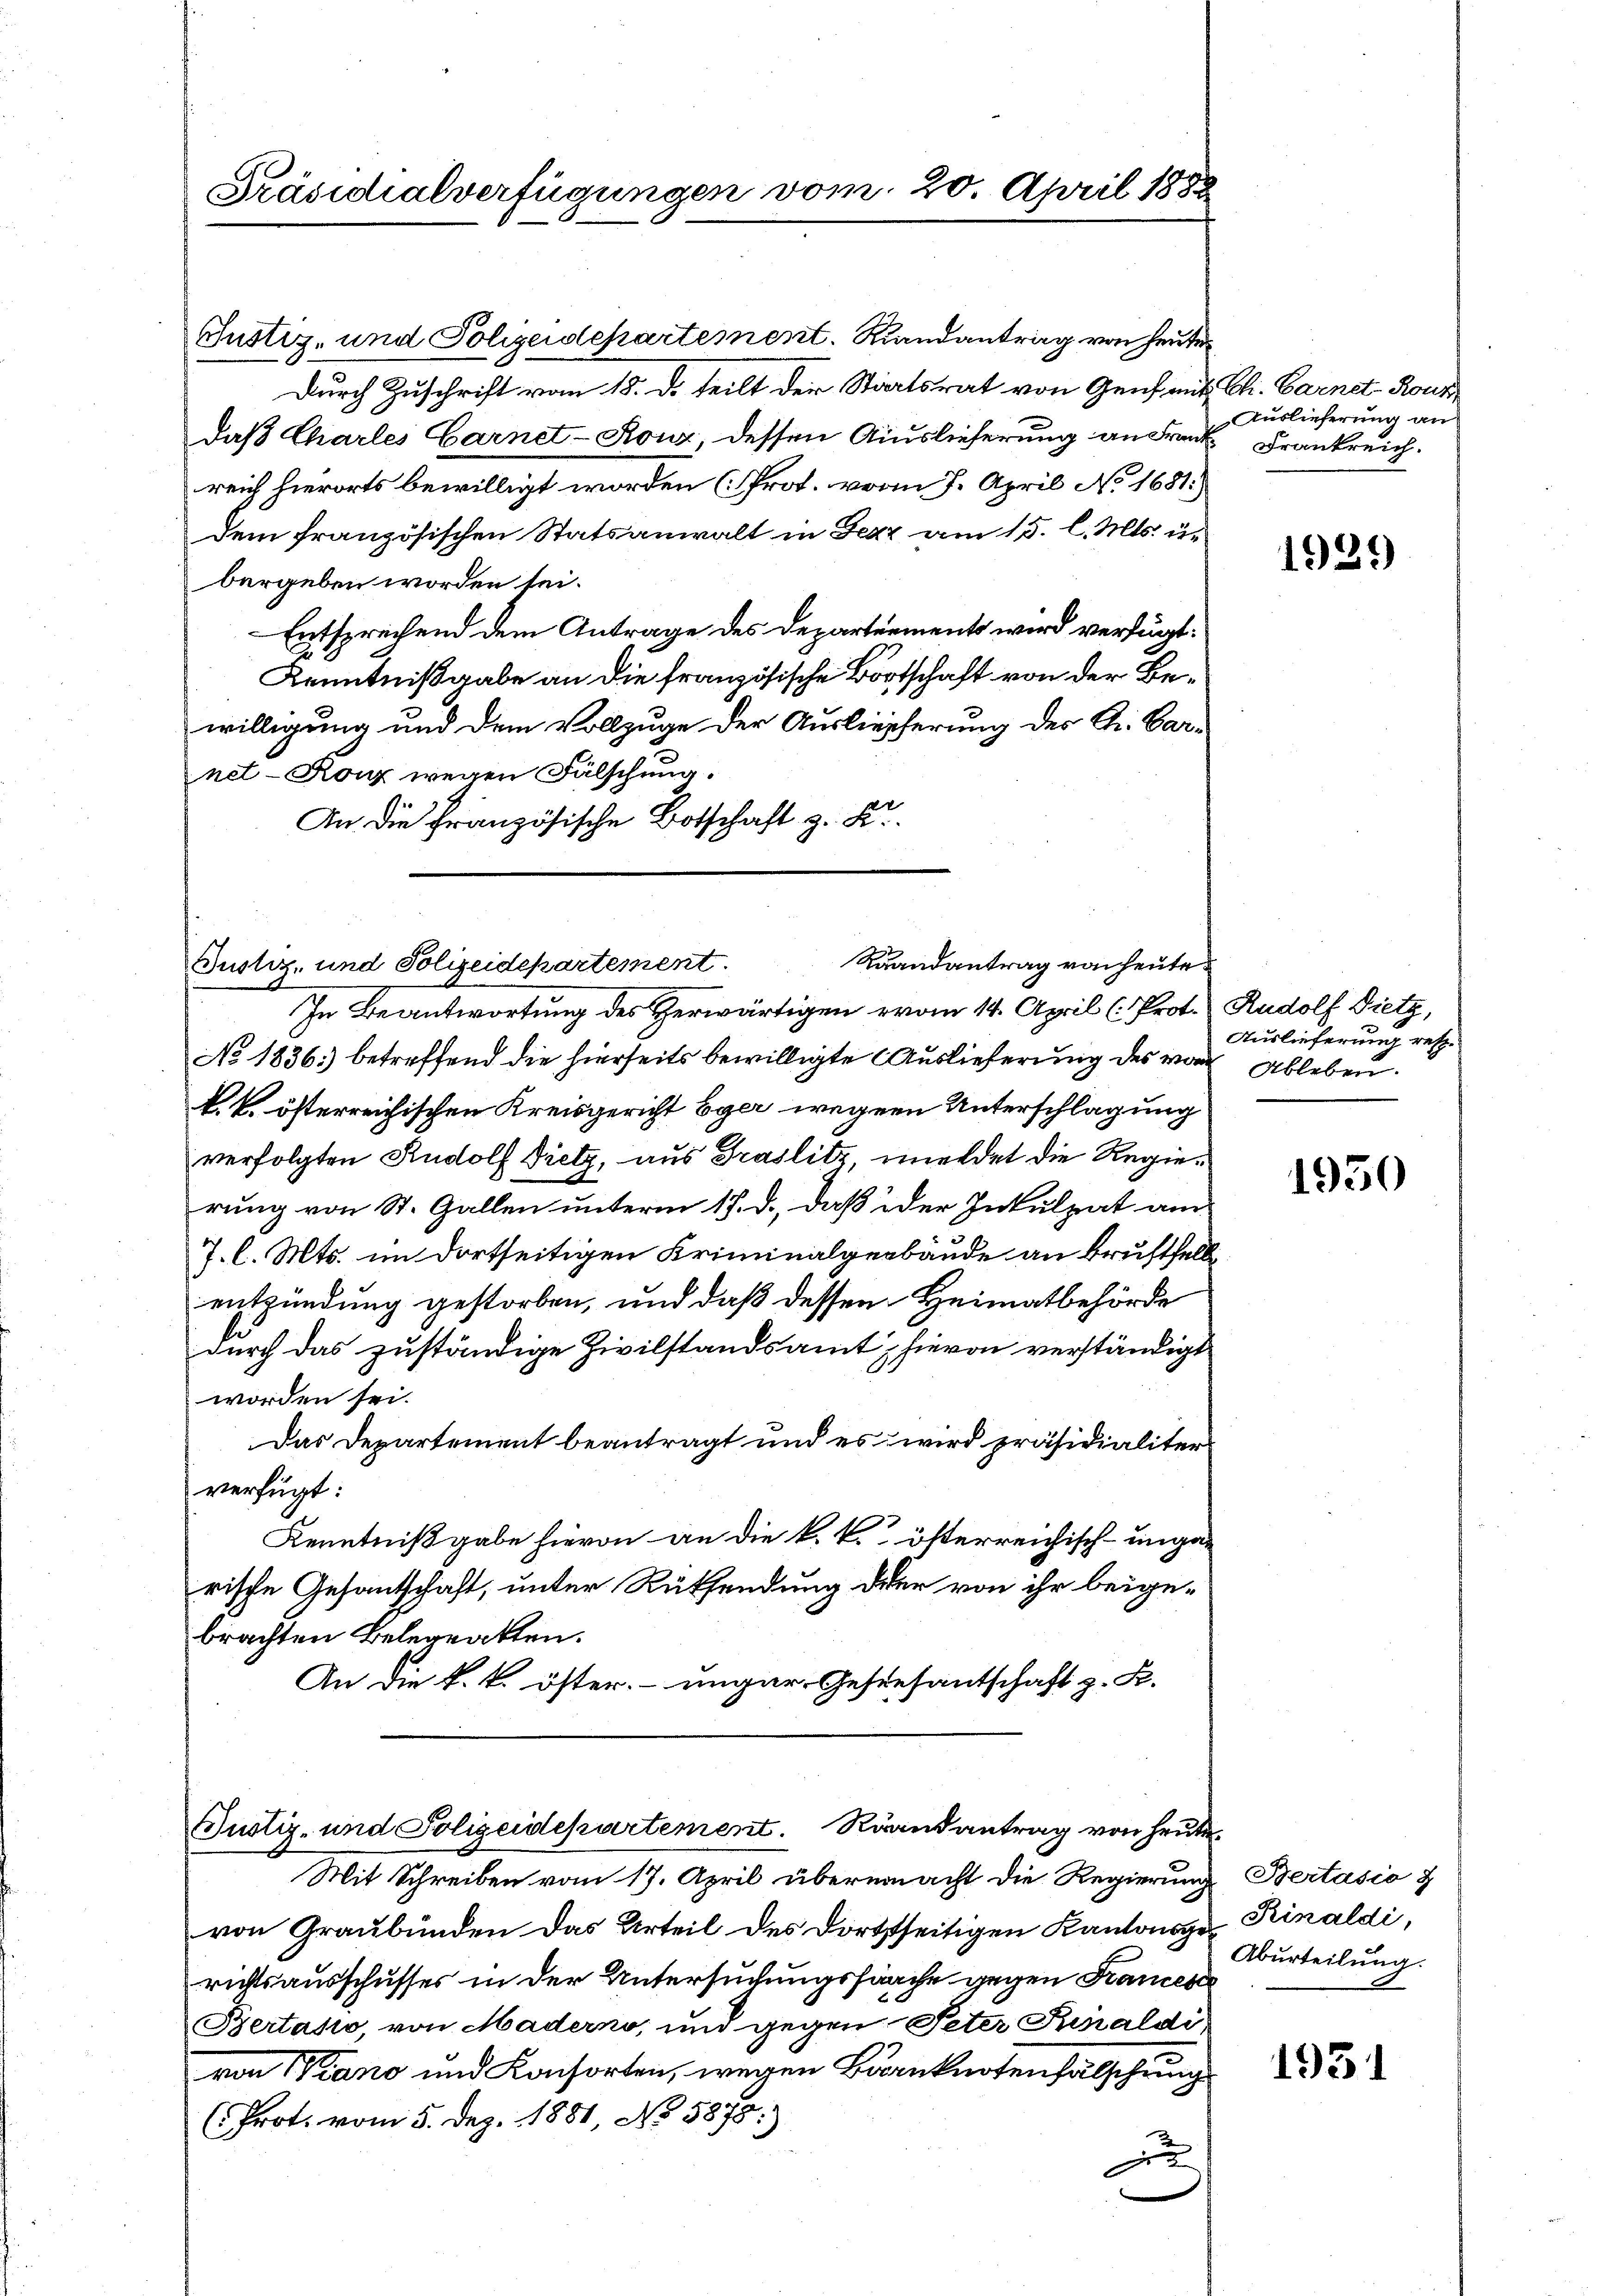
Präsidialverfügungen vom 20. April 1882

Justiz- und Polizeidepartement. Randantrag von heute¬
Durch Zuschrift vom 18. d. teilt der Staatsrat von Genf mit Ch. Carnet Rous
daß Charles Carnet-Ronz, dessen Auslieferung an Frau Frankreich.
reich hierorts bewilligt worden (Prot. vom 7. April No 1681)
dem französischen Statsanwalt in Benz am 15. l. Mts. u.
bergeben worden sei.
Entsprechend dem Antrage des Departements wird verfügt:
Kenntnißgabe an die französische Bortschaft von der Bewilligung und dem Vollzuge der Auslieferung des Gr. Parnet-Ronz wegen Fälschung.
An die Französische Botschaft z. K

Raandantrag von heute.
Justiz- und Polizeidepartement.

Justiz- und Polizeidepartement. Randantrag von heute.
Mit Schreiben vom 17. April übereinacht die Regierung Bertasio &

von Graubünden das Urteil des dortstseitigen Kantonsge Kinaldi,
richtsausschusses in der Untersuchungssache gegen Frances
Bertasio, von Maderno, und gegen Peter Punaldi,
von Piano und Konsorten, wegen Barnknotenfalschung
(Prot. vom 5. Dez. 1881, No 5875)
F

Auslieferung an

In Beantwortung des Herwärtigen vom 14. April (Prot. Rudolf Dietz,
No 1836 betreffend die hierseits bewilligte Auslieferung des von Ableben.
k. k. österreichischen Kreisgericht Eger wegen Unterschlagung
verfolgten Rudolf Dietz, aus Traslitz, meldet die Regierung von St. Gallen unterm 17. d., daß der Inkulpat am
J. l. Mts. im dortseitigen Kriminalgebäude an Brustfell
entzündung gestorben, und daß dessen Heimatbehörde
durch das zuständige Zivilstandsamt, hievon verständigt
worden sei.
Das Departement beantragt und es wird präsidialiter
verfügt:
Kenntnißgabe hievon an die k. k. österreichisch-ungarische Gesantschaft, unter Rücksendung der von ihr beigebrachten Belegatten.
An die k. k. öster. – ungar. Gestesantschaft z. B.

1929

Auslieferung resp.

1950

Aburteilung.

1931